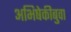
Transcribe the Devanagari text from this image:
अभिषेकीबुवा